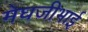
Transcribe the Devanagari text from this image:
मेघजीभाई